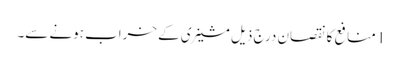
1 منافع کا نقصان درج ذیل مشینری کے خراب ہونے سے۔